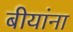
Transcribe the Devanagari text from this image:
बीयांना